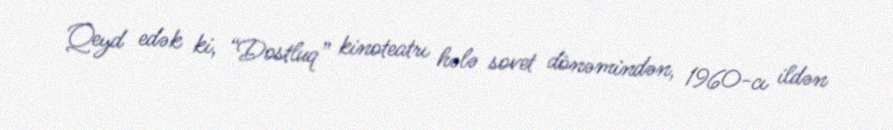
Qeyd edək ki, “Dostluq” kinoteatrı hələ sovet dönəmindən, 1960-cı ildən